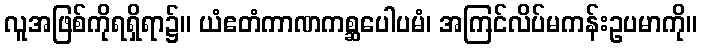
လူအဖြစ်ကိုရရှိရာ၌။ ယံဧတံကာဏကစ္ဆပေါပမံ၊ အကြင်လိပ်မကန်းဥပမာကို။